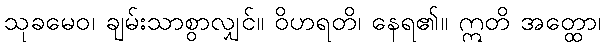
သုခမေဝ၊ ချမ်းသာစွာလျှင်။ ဝိဟရတိ၊ နေရ၏။ ဣတိ အတ္ထော၊